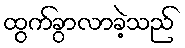
ထွက်ခွာလာခဲ့သည်